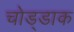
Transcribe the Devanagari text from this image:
चोड्डाक